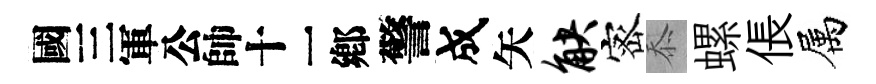
别警成矢觖宻忝螺倀属